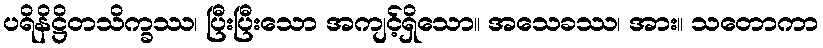
ပရိနိဋ္ဌိတသိက္ခဿ၊ ပြီးပြီးသော အကျင့်ရှိသော။ အသေခဿ၊ အား။ သတောကာ